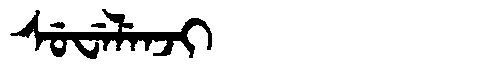
Manchu: ᠰᡠᠸᡝᠯᡝᠨᠵᡳ
Romanization: SUWELENJI